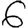
Digit: 6